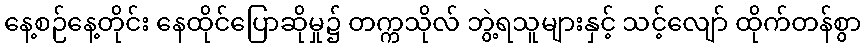
နေ့စဉ်နေ့တိုင်း နေထိုင်ပြောဆိုမှု၌ တက္ကသိုလ် ဘွဲ့ရသူများနှင့် သင့်လျော် ထိုက်တန်စွာ